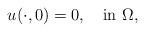
LaTeX: \begin{align*}u(\cdot,0)=0, \quad\textrm{in}~\Omega,\end{align*}